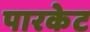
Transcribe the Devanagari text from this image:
पारकेट